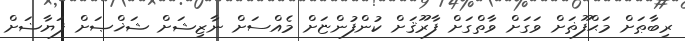
ރިބާޠަށް މަޙްފޫޡަށް ވަގަށް ވާތްގަށް ފާރޫޤަށް ކުންފުންޏަށް މެއްސަށް ނާޒިޝަށް ޝަޚްޞަށް ފަޔާޟަށް